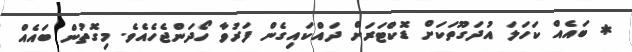
* ބައެއް ކަހަލަ އުދަގޫތަކަށް ޑޮކްޓަރަށް ދައްކައިގެން ފަރުވާ ހޯދަންޖެހެއެވެ. މިގޮތުން ބައެއް